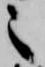
之